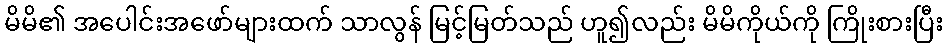
မိမိ၏ အပေါင်းအဖော်များထက် သာလွန် မြင့်မြတ်သည် ဟူ၍လည်း မိမိကိုယ်ကို ကြိုးစားပြီး